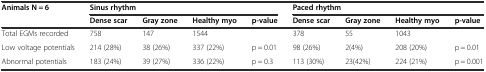
<table><thead><tr><td rowspan="2"><b>Animals N = 6</b></td><td colspan="4"><b>Sinus rhythm</b></td><td colspan="4"><b>Paced rhythm</b></td></tr><tr><td><b>Dense scar</b></td><td><b>Gray zone</b></td><td><b>Healthy myo</b></td><td><b>p-value</b></td><td><b>Dense scar</b></td><td><b>Gray zone</b></td><td><b>Healthy myo</b></td><td><b>p-value</b></td></tr></thead><tbody><tr><td>Total EGMs recorded</td><td>758</td><td>147</td><td>1544</td><td></td><td>378</td><td>55</td><td>1043</td><td></td></tr><tr><td>Low voltage potentials</td><td>214 (28%)</td><td>38 (26%)</td><td>337 (22%)</td><td>p = 0.01</td><td>98 (26%)</td><td>2(4%)</td><td>208 (20%)</td><td>p = 0.01</td></tr><tr><td>Abnormal potentials</td><td>183 (24%)</td><td>39 (27%)</td><td>336 (22%)</td><td>p = 0.3</td><td>113 (30%)</td><td>23(42%)</td><td>224 (21%)</td><td>p = 0.001</td></tr></tbody></table>